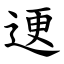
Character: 䢚